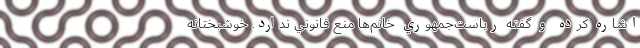
اشاره کرده و گفته رياست‌جمهوري خانم‌ها منع قانوني ندارد. خوشبختانه